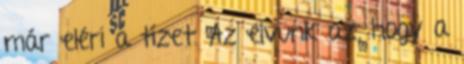
már eléri a tízet. Az elvünk az, hogy a